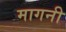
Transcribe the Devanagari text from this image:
मागनी